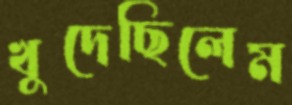
খুদেছিলেম